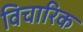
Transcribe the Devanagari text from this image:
विचारिक